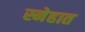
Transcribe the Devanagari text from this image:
स्नेहात